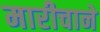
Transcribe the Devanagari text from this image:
मारीचाने